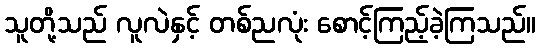
သူတို့သည် လူလဲနှင့် တစ်ညလုံး စောင့်ကြည့်ခဲ့ကြသည်။